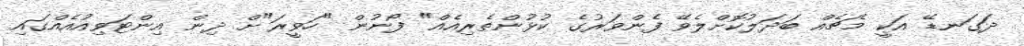
ދަގަނޑޭ އަކީ މެޗެއް ބަދަލުކޮށްލެވޭ ފެންވަރުގެ ކުޅުންތެރިއެއް" ފޯނުން "ހަވީރަ"ށް ދިން އިންޓަވިއުއެއްގައި